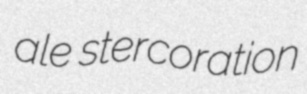
ale stercoration